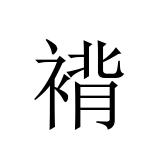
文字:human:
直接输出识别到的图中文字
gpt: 褙